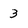
Character: 3